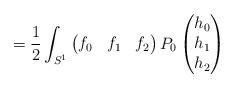
LaTeX: \begin{align*}= \frac12\int_{S^1} \begin{pmatrix} f_0&f_1&f_2\end{pmatrix} P_0 \begin{pmatrix} h_0\\ h_1\\ h_2\end{pmatrix}\end{align*}